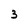
Character: 3